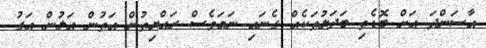
އާސަންދަ އަށް ބޮޑެތި ބަދަލުތަކެއް ގެނައި ނަމަވެސް ރައްޔިތުން އަތުން އަލުން އަގު